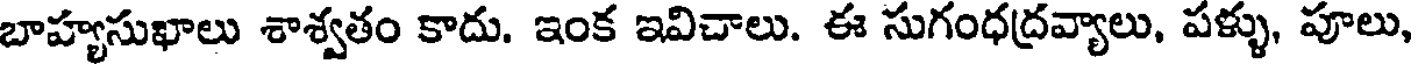
బాహ్యసుఖాలు శాశ్వతం కాదు. ఇంక ఇవిచాలు. ఈ సుగంధద్రవ్యాలు, పళ్ళు, పూలు,